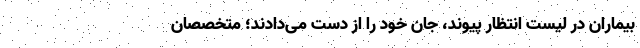
بیماران در لیست انتظار پیوند، جان خود را از دست می‌دادند؛ متخصصان